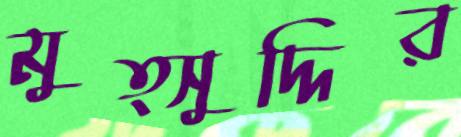
মুত্সুদ্দির